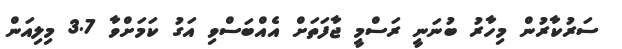
ސަރުކާރުން މިހާރު ބުނަނީ ރަސްމީ ޖާފަތަށް އެއްބަސްވި އަގު ކަމަށްވާ 3.7 މިލިއަން